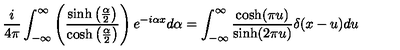
\frac { i } { 4 \pi } \int _ { - \infty } ^ { \infty } \left( \frac { \sinh \left( \frac { \alpha } { 2 } \right) } { \cosh \left( \frac { \alpha } { 2 } \right) } \right) e ^ { - i \alpha x } d \alpha = \int _ { - \infty } ^ { \infty } \frac { \cosh ( \pi u ) } { \sinh ( 2 \pi u ) } \delta ( x - u ) d u